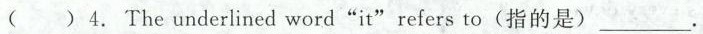
()4.The underlined word"it"refers to (指的是)_________.